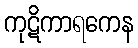
ကုဋိကာရကေန